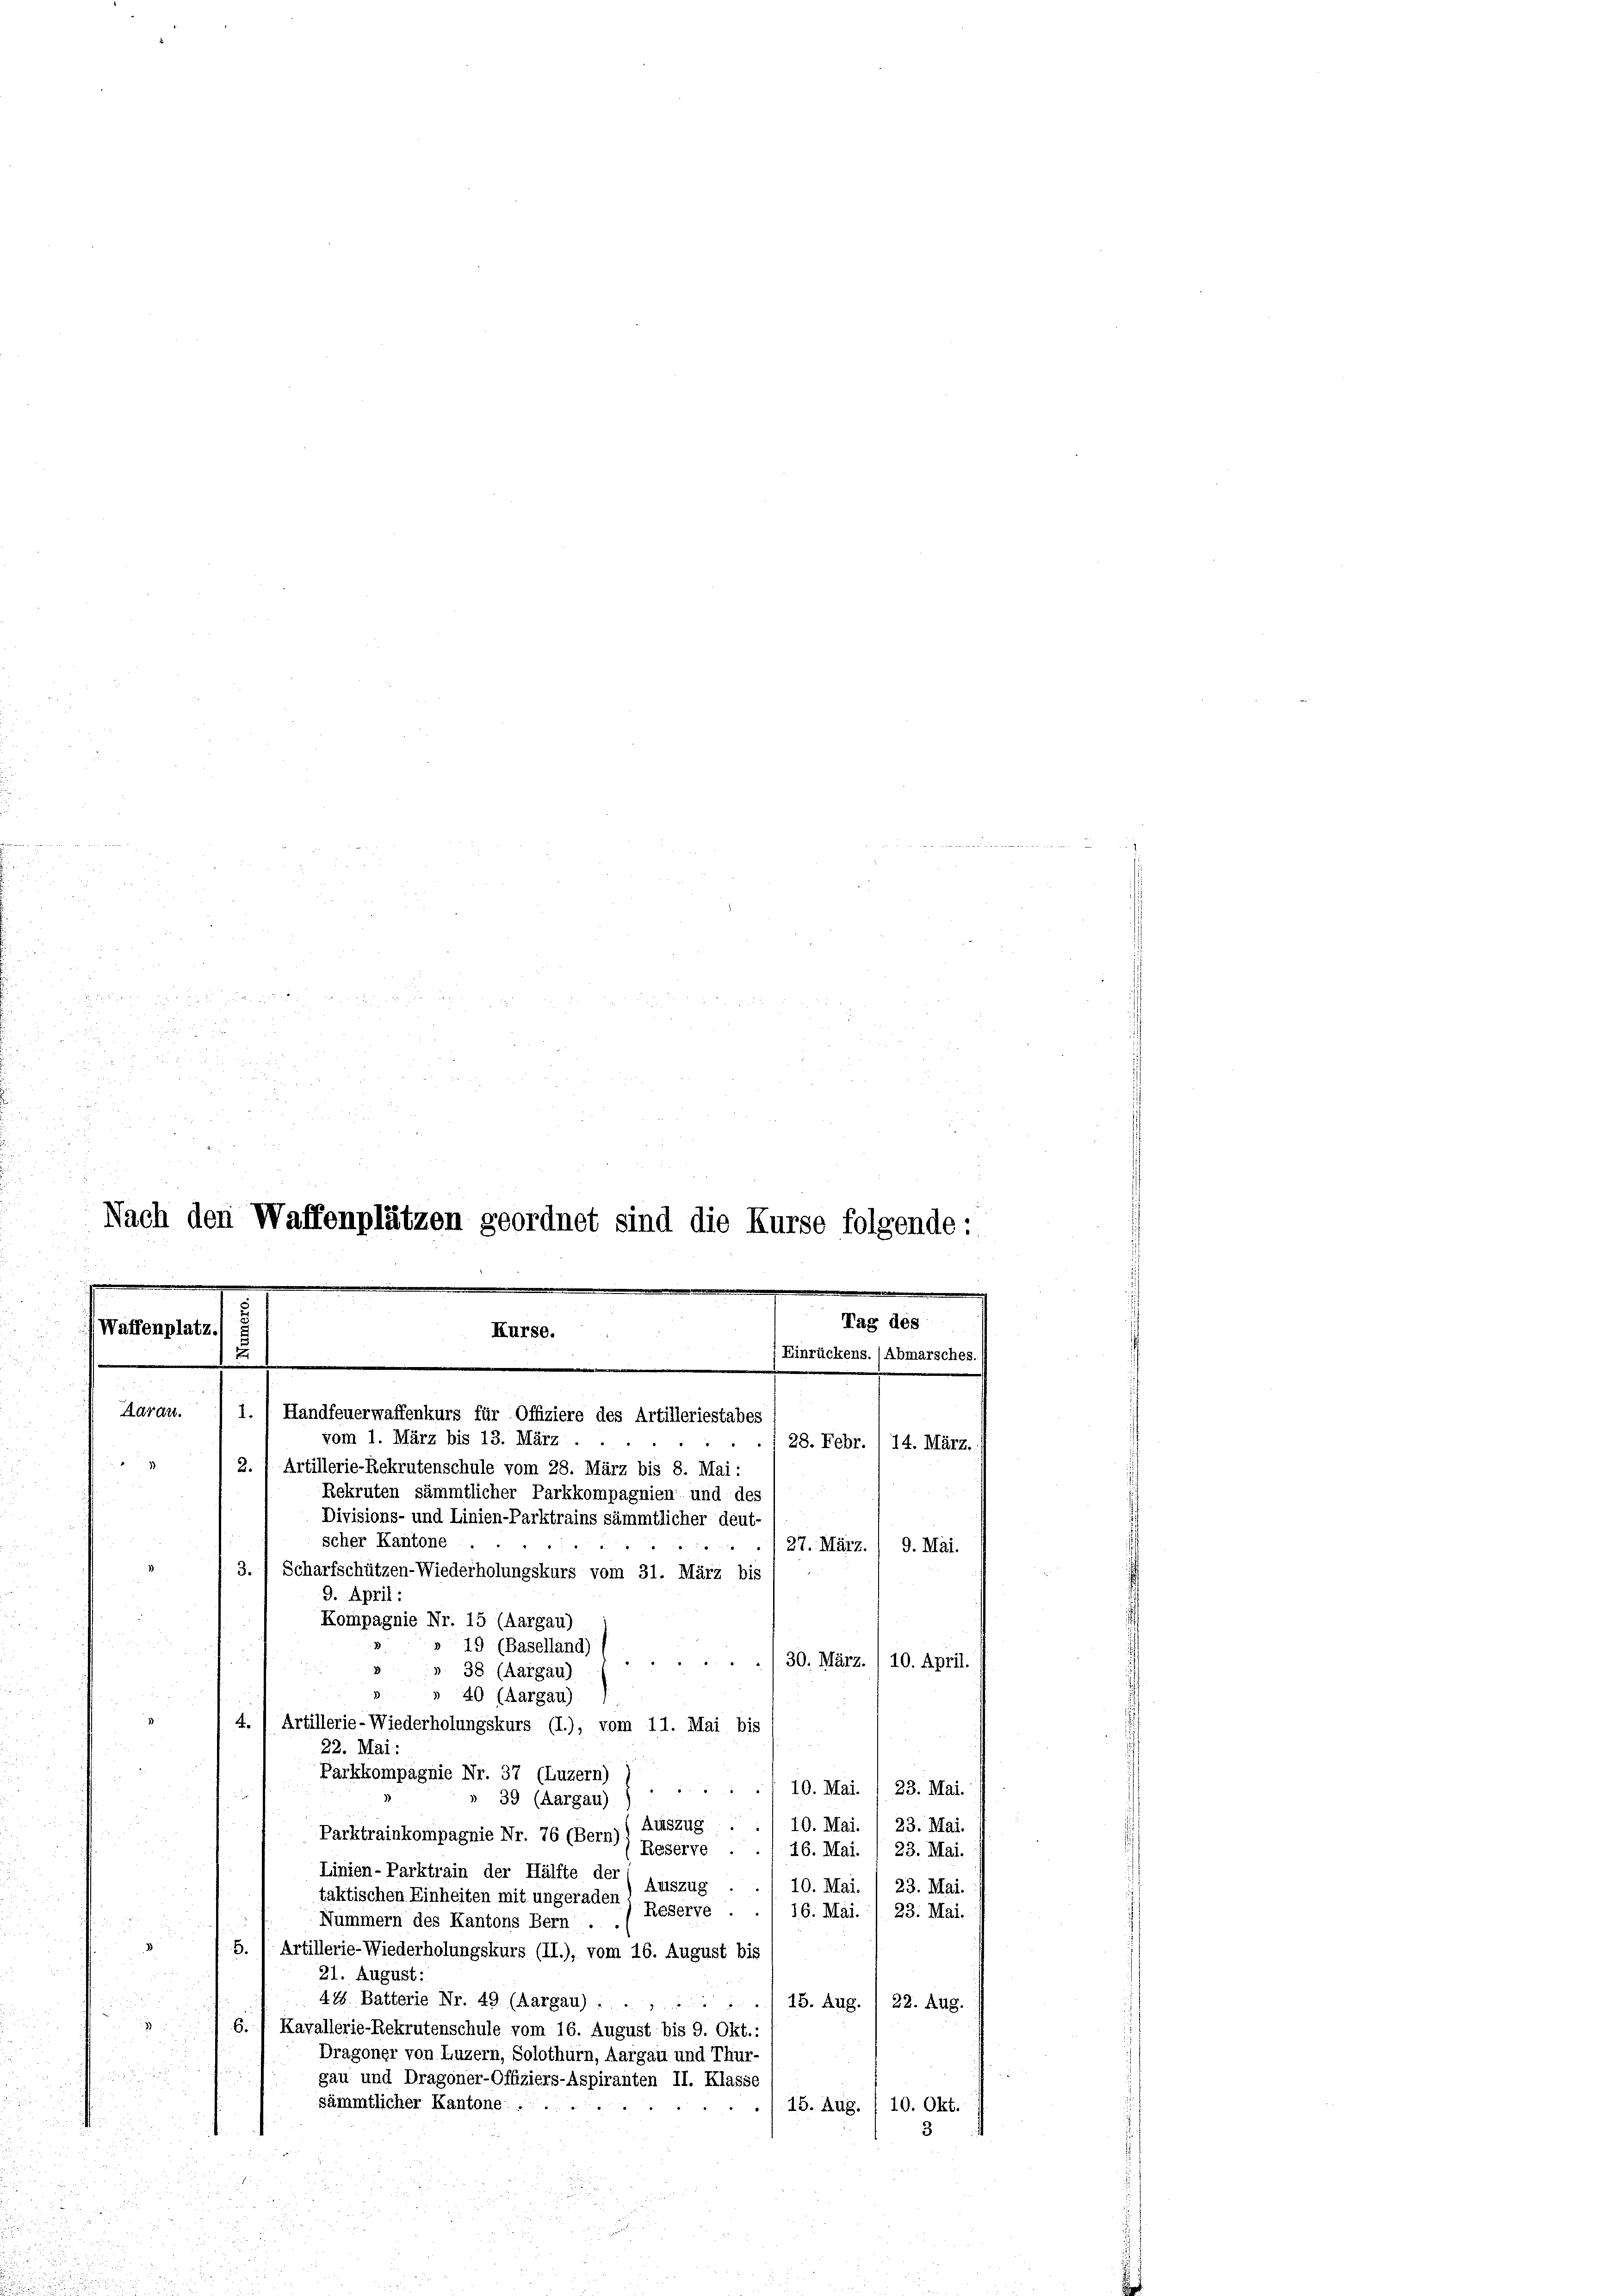
x 2 x
d

255 f 25
.
don
e

Nach den Waffenplätzen geordnet sind die Kurse folgende:
.
Tag des
Waffenplatz.
Kurse.
) Einrückens. (Abmarsches.
u

d

Aarau.
1.) Handfeuerwaffenkurs für Offiziere des Artilleriestabes
vom 1. März bis 13. März.
a
2. 1 Artillerie-Rekrutenschule vom 28. März bis 8. Mai:
2 25
Rekruten sämmtlicher Parkkompagnien und des
Divisions- und Linien-Parktrains sämmtlicher deut-
scher Kantone
27. März. / 9. Mai.
3.) Scharfschützen-Wiederholungskurs vom 31. März bis
9. April:
Kompagnie Nr. 15 (Aargau)
» 19 (Baselland)
30. März. / 10. April.
a
» 38 (Aargau)
d
» 40 (Aargau)
4.) Artillerie-Wiederholungskurs (I.), vom 11. Mai bis
22. Mai:
Parkkompagnie Nr. 37 (Luzern)
10. Mai. / 23. Mai.
» 39 (Aargau)
Auszug
10. Mai.
23. Mai.
Parktrainkompagnie Nr. 76 (Bern)
Reserve
46. Mai.
23. Mai.
Linien-Parktrain der Hälfte der
Auszug
10. Mai.
23. Mai.
taktischen Einheiten mit ungeraden
Reserve .
16. Mai.
23. Mai.
Nummern des Kantons Bern.
.
5.) Artillerie-Wiederholungskurs (II.), vom 16. August bis
2.
21. August:
42 Batterie Nr. 49 (Aargau) .......
15. Aug. 1 22. Aug.

6
Kavallerie-Rekrutenschule vom 16. August bis 9. Okt.:
Dragoner von Luzern, Solothurn, Aargau und Thur-

gau und Dragoner-Offiziers-Aspiranten II. Kla
lasse

8
) 15. Aug. 10. Okt.
sämmtlicher Kantone .. .. .

d
d
.
3
u
2
d

28. Febr.) 14. März.